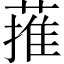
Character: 蓷